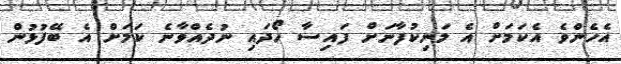
އެހެންވެ އެކަމަށް އެ މަނިކުފާނަށް ފައިސާ ހޯދައި ނުދެއްވާނެ ކަމަށް އެ ބޭފުޅުން